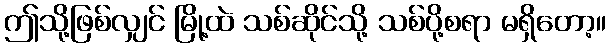
ဤသို့ဖြစ်လျှင် မြို့ထဲ သစ်ဆိုင်သို့ သစ်ပို့စရာ မရှိတော့။